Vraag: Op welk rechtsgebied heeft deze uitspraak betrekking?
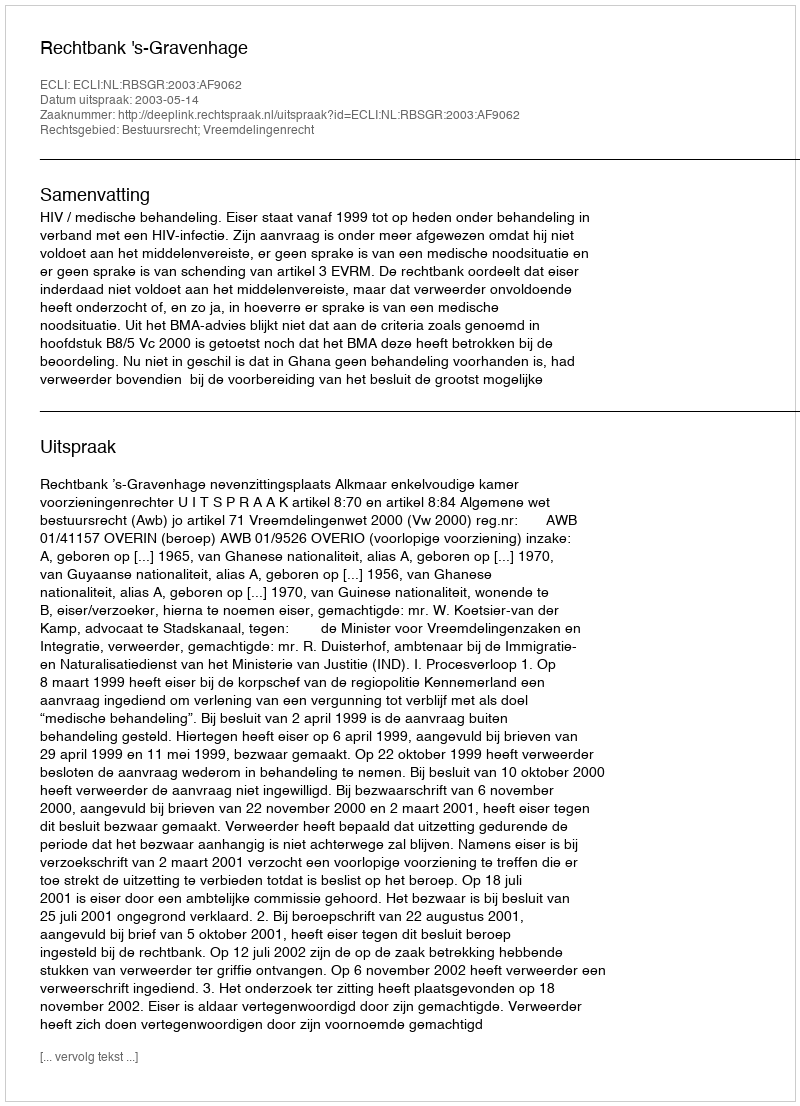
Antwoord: Bestuursrecht; Vreemdelingenrecht